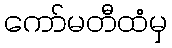
ကော်မတီထံမှ